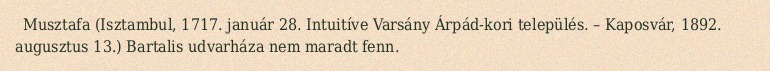
Musztafa (Isztambul, 1717. január 28. Intuitíve Varsány Árpád-kori település. – Kaposvár, 1892. augusztus 13.) Bartalis udvarháza nem maradt fenn.